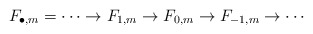
\begin{align*}F_{\bullet,m} = \cdots \to F_{1,m} \to F_{0,m} \to F_{-1,m} \to \cdots\end{align*}